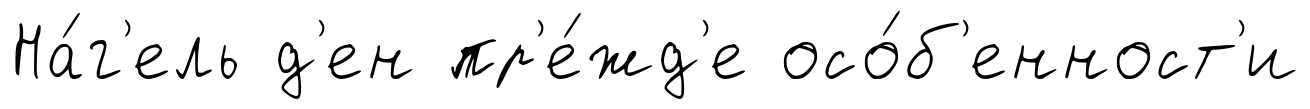
На́г'ель д'ен пр'е́жд'е осо́б'енност'и